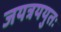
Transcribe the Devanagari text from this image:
जयत्रययुतः